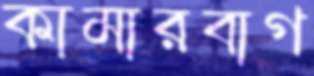
কামারবাগ